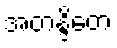
အတန္ဒိတေ